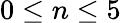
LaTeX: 0\leq n\leq 5